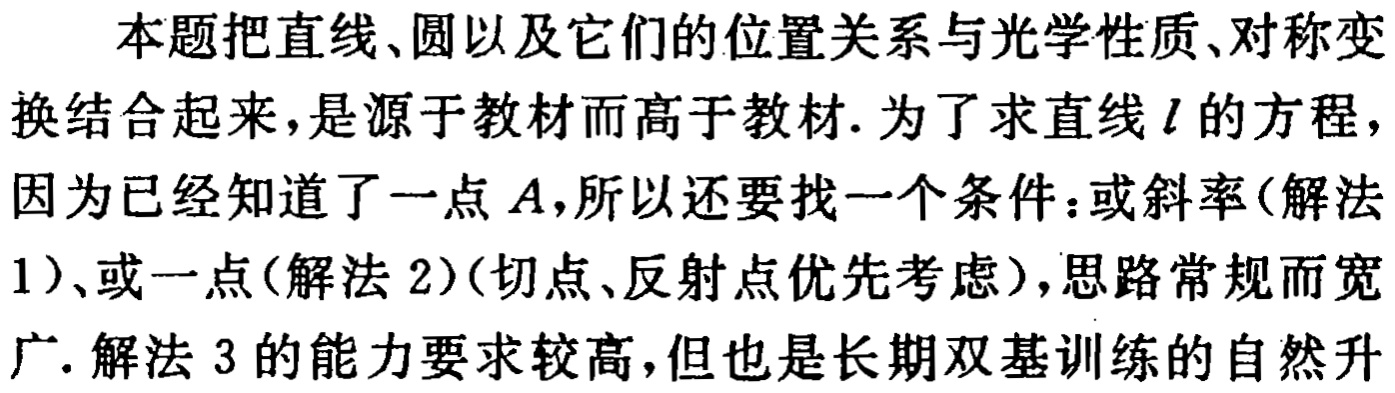
本题把直线、圆以及它们的位置关系与光学性质、对称变换结合起来，是源于教材而高于教材. 为了求直线 \(l\) 的方程，因为已经知道了一点 \(A\)，所以还要找一个条件：或斜率(解法1)、或一点(解法2)(切点、反射点优先考虑)，思路常规而宽广. 解法3的能力要求较高,但也是长期双基训练的自然升